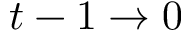
t - 1 \rightarrow 0